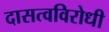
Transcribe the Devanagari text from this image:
दासत्वविरोधी